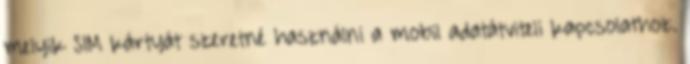
melyik SIM kártyát szeretné használni a mobil adatátviteli kapcsolathoz.